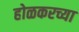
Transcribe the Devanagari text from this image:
होळकरच्या